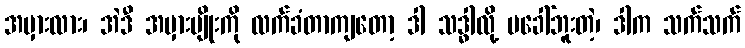
အမှားလား၊ အဲဒီ အမှားမျိုးကို လက်ခံတာကျတော့ ဒါ သဒ္ဓါလို့ မခေါ်ဘူးတဲ့၊ ဒါက သက်သက်